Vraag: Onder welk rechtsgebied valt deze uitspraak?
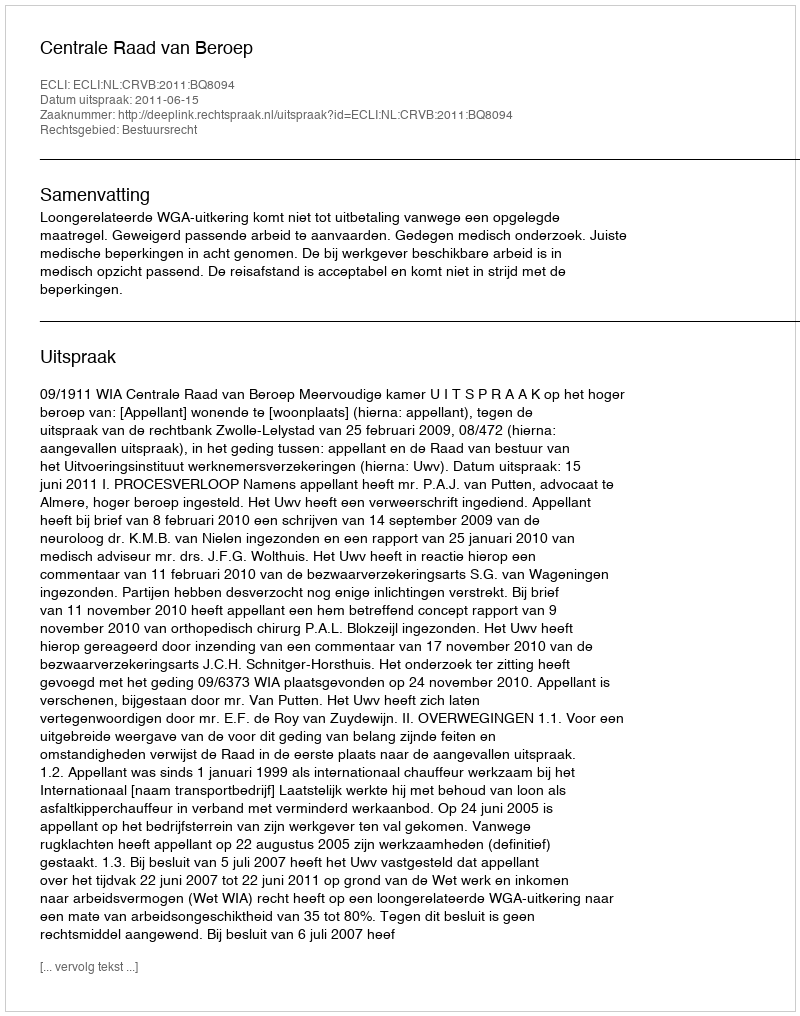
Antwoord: Bestuursrecht